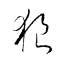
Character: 狼